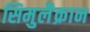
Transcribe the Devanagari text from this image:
सिमुलैक्रान